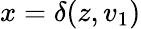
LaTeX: {x=\delta(z,v_{1})}